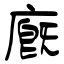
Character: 廐